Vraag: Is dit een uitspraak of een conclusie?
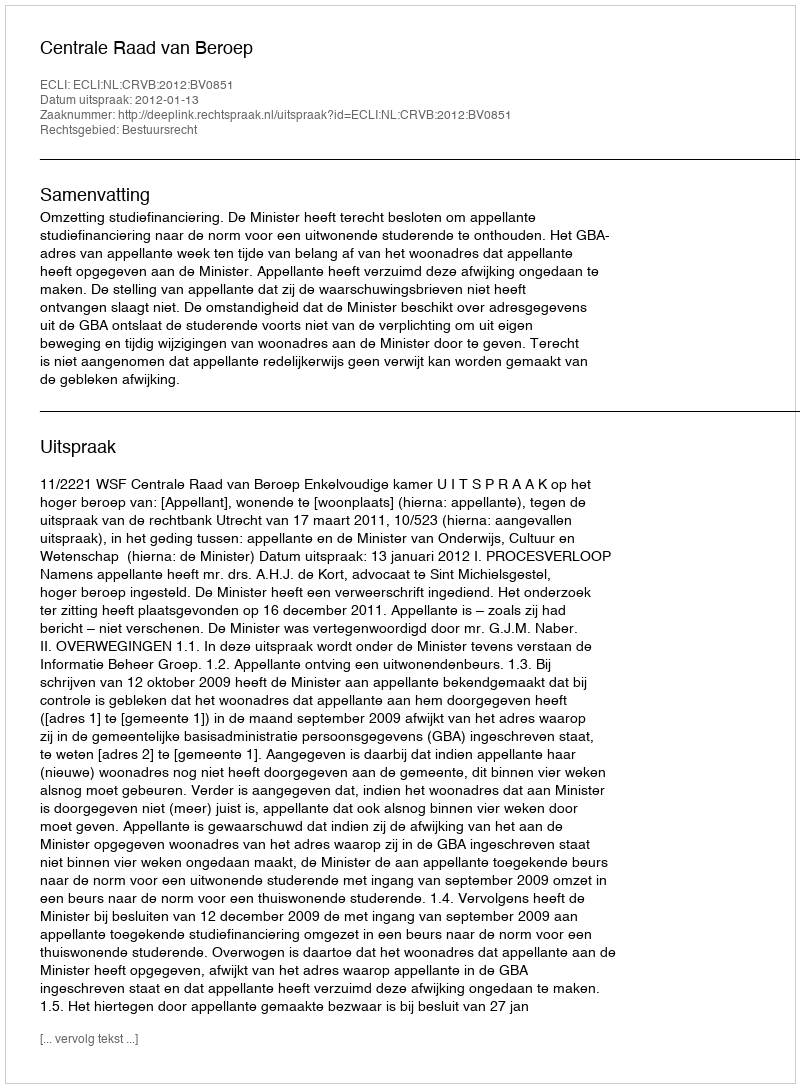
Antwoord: Uitspraak